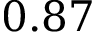
0 . 8 7